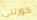
كورتني